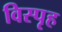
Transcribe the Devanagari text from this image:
विस्पृह